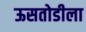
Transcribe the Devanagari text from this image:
ऊसतोडीला